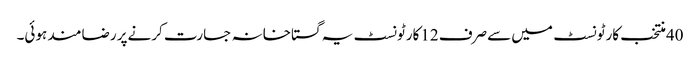
40منتخب کارٹونسٹ میں سےصرف 12کارٹونسٹ یہ گستاخانہ جسارت کرنےپر رضامند ہوئی۔